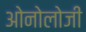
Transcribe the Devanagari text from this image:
ओनोलोजी